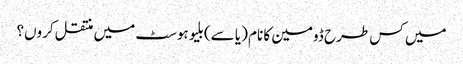
میں کس طرح ڈومین کا نام (یا سے) بلیو ہوسٹ میں منتقل کروں؟